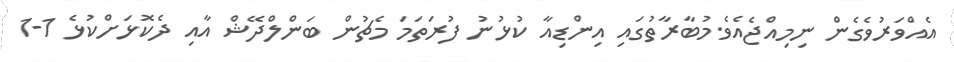
އެއްވަރުވެގެން ނިމިއްޖެއެވެ.މުބާރާތުގައި އިންޑިއާ ކުޅުނު ފުރަތަމަ މެޗުން ބަންލްދޭޝް އާއި ދެކޮޅަށްކުޅެ 1-1